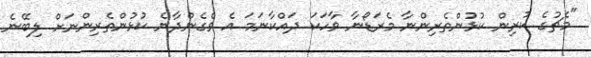
"މެޗުގެ ކުރިން ކުޅުންތެރިންނާ މެރަޑޯނާ ވާހަކަ ދައްކާނަމަ އެ ވެގެންދާނެ ކުޅުންތެރިންނަށް ލިބޭނެ